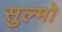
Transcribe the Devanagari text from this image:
सुल्मो